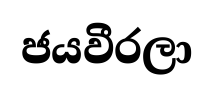
ජයවීරලා